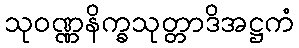
သုဝဏ္ဏနိက္ခသုတ္တာဒိအဋ္ဌကံ